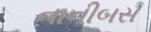
નાનીબસ